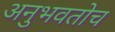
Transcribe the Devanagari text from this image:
अनुभवतोच